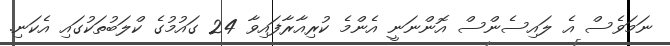
ނަމަވެސް އެ ލައިސެންސް އޮންނަނީ އެންމެ ކުރިއާރާފައިވާ 24 ގައުމުގެ ކްލަބުތަކުގައި އެކަނި.